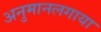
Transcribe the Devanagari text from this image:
अनुमानलगाया